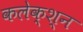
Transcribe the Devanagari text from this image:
कलेक्श्न